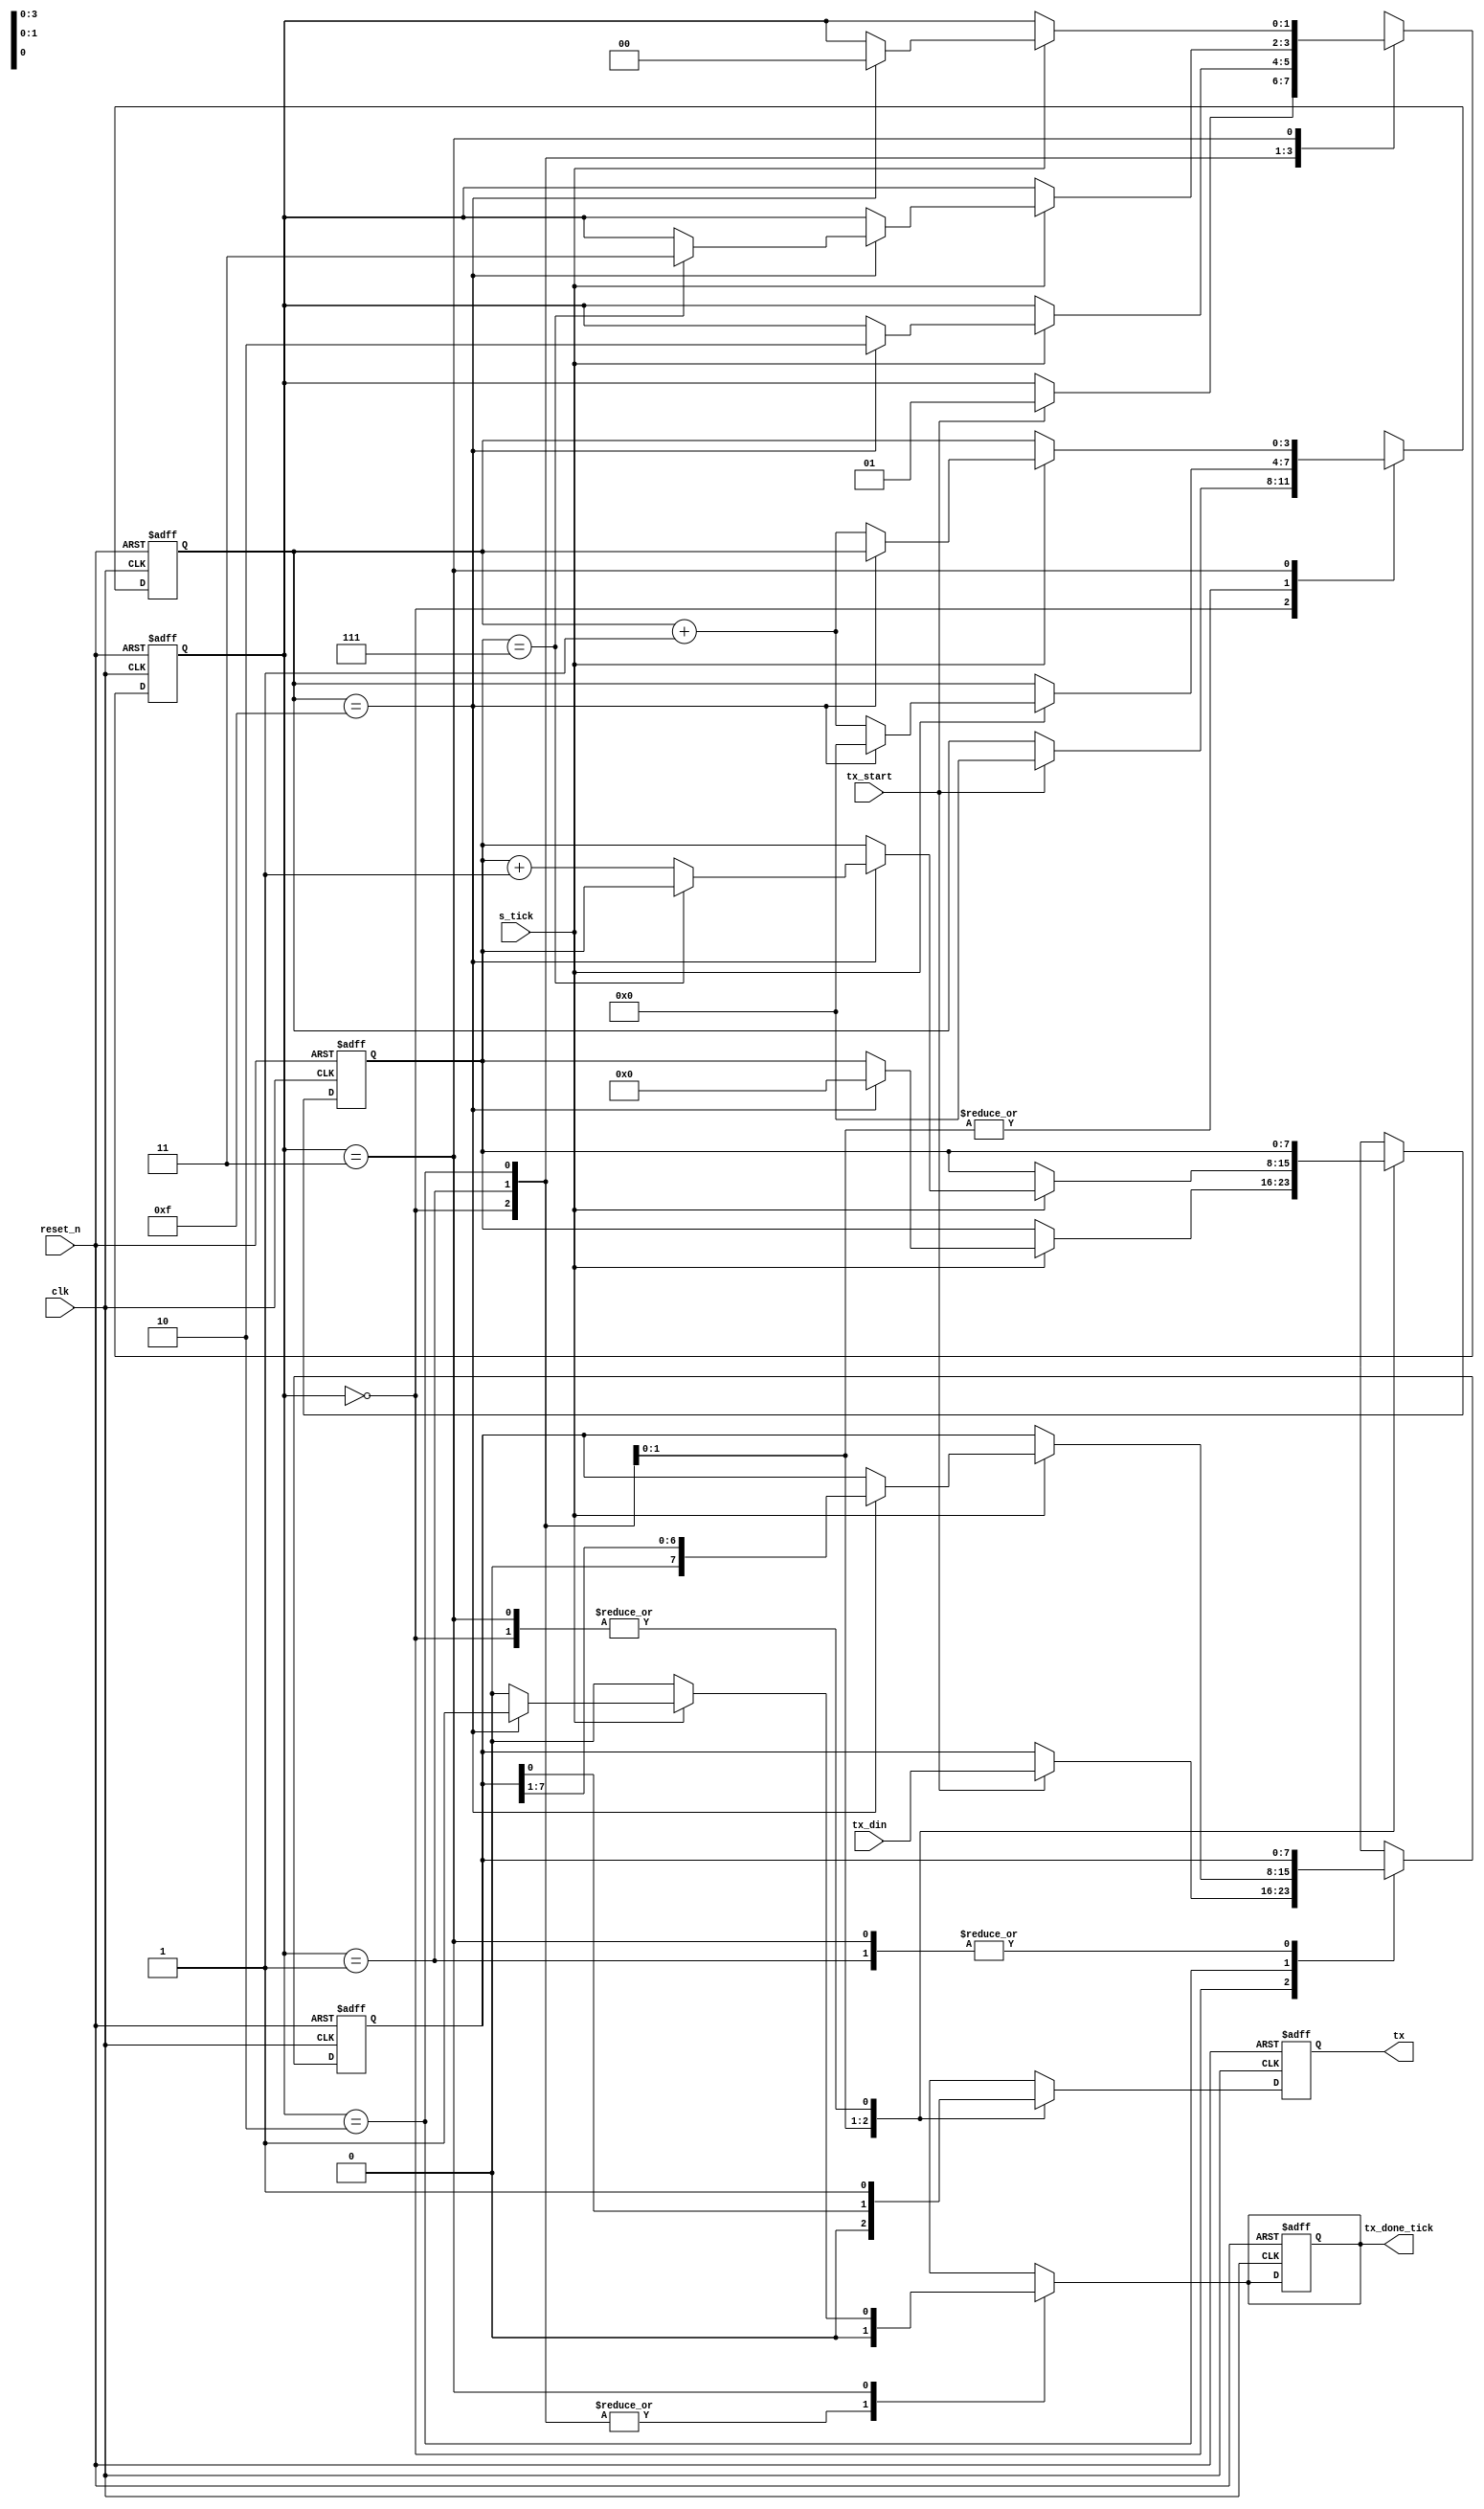
`define BITWIDTH 8
`define SB_TICK 16

module uart_tx(
    input clk, 
    input reset_n,
    input tx_start, 
    input s_tick,        
    input [`BITWIDTH-1:0] tx_din,
    output reg tx_done_tick,
    output tx
);

    localparam idle = 0, start = 1, data = 2, stop = 3;

    reg [1:0] state_reg, state_next;
    reg [3:0] s_reg, s_next;                
    reg [`BITWIDTH-1:0] n_reg, n_next;      
    reg [`BITWIDTH-1:0] b_reg, b_next;      
    reg tx_reg, tx_next;                    

    always @(posedge clk or negedge reset_n) begin
        if (~reset_n) begin
            state_reg <= idle;
            s_reg <= 0;
            n_reg <= 0;
            b_reg <= 0;
            tx_reg <= 1'b1;
            tx_done_tick <= 1'b0;
        end else begin
            state_reg <= state_next;
            s_reg <= s_next;
            n_reg <= n_next;
            b_reg <= b_next;
            tx_reg <= tx_next;
        end
    end

    always @* begin
        state_next = state_reg;
        s_next = s_reg;
        n_next = n_reg;
        b_next = b_reg;
        tx_next = tx_reg;
        tx_done_tick = 1'b0;

        case (state_reg)
            idle: begin
                tx_next = 1'b1;
                if (tx_start) begin
                    s_next = 0;
                    b_next = tx_din;
                    state_next = start;                        
                end
            end
            start: begin
                $display("Start bit detected, tx_next: %b", tx_next);
                tx_next = 1'b0;
                if (s_tick) begin
                    if (s_reg == (`SB_TICK - 1)) begin
                        s_next = 0;
                        n_next = 0;
                        state_next = data;
                    end else begin
                        s_next = s_reg + 1'b1;
                    end
                end
            end
            data: begin
                tx_next = b_reg[0];
                $display("Data bit: %b, tx_next: %b", b_reg[0], tx_next);
                if (s_tick) begin
                    if (s_reg == (`SB_TICK - 1)) begin
                        s_next = 0;
                        b_next = {1'b0, b_reg[`BITWIDTH - 1:1]};
                        if (n_reg == (`BITWIDTH - 1)) begin
                            state_next = stop;
                        end else begin
                            n_next = n_reg + 1'b1;
                        end
                    end else begin
                        s_next = s_reg + 1'b1;
                    end
                end
            end
            stop: begin
                $display("Stop bit detected, tx_next: %b", tx_next);
                tx_next = 1'b1;
                if (s_tick) begin
                    if (s_reg == (`SB_TICK - 1)) begin
                        tx_done_tick = 1'b1;
                        state_next = idle;
                    end else begin
                        s_next = s_reg + 1'b1;
                    end
                end
            end
            default: state_next = idle;
        endcase
    end

    assign tx = tx_reg;
endmodule